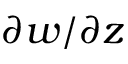
\partial w / \partial z